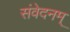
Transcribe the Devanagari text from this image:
संवेदनम्‌